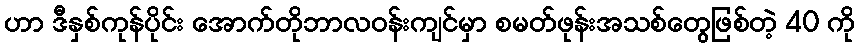
ဟာ ဒီနှစ်ကုန်ပိုင်း အောက်တိုဘာလဝန်းကျင်မှာ စမတ်ဖုန်းအသစ်တွေဖြစ်တဲ့ 40 ကို